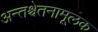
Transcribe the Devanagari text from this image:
अन्तश्चेतनामूलक